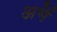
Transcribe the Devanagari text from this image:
अगें